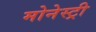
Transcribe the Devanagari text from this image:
मोनेस्‍ट्री